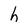
Character: h